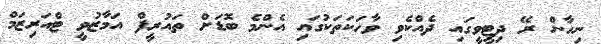
ނިހާން ރޭ ދިޓީވީގައި ދެއްކެވި ވާހަކަތަކުގައި އެންމެ ބޮޑަށް ތައުރީފް އަމާޒުވީ ޓްއަރިޒަމް